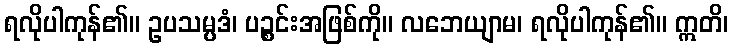
ရလိုပါကုန်၏။ ဥပသမ္ပဒံ၊ ပဉ္စင်းအဖြစ်ကို။ လဘေယျာမ၊ ရလိုပါကုန်၏။ ဣတိ၊